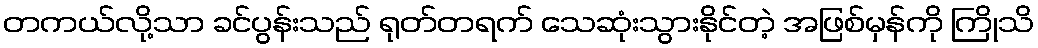
တကယ်လို့သာ ခင်ပွန်းသည် ရုတ်တရက် သေဆုံးသွားနိုင်တဲ့ အဖြစ်မှန်ကို ကြိုသိ